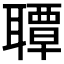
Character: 𦗡